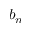
b _ { n }